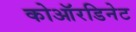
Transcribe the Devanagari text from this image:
कोऑरडिनेट